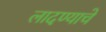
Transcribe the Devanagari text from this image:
लादण्याचे